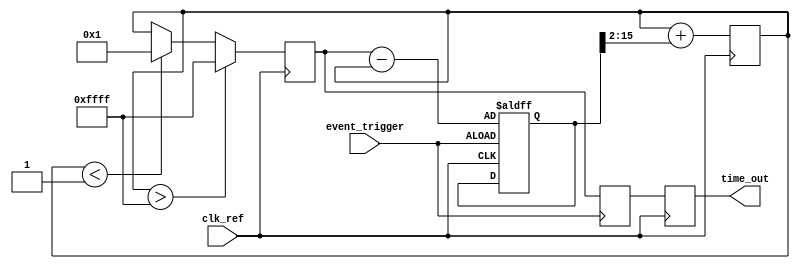
module TDC (
    input wire clk_ref,        // Reference clock
    input wire event_trigger,  // Event trigger signal
    output reg [15:0] time_out // 16-bit digital output for time measurement
);

    // PLL components
    reg [15:0] phase_error;    // Phase error signal
    reg [15:0] control_voltage; // Control voltage for VCO
    reg [15:0] vco_output;      // VCO output frequency signal
    reg [15:0] sample;          // Sampled value at event trigger

    // VCO parameters
    parameter VCO_MAX_FREQ = 16'hFFFF; // Max frequency for VCO
    parameter VCO_MIN_FREQ = 16'h0001;  // Min frequency for VCO

    // Phase Detector (PD)
    always @(posedge clk_ref or posedge event_trigger) begin
        if (event_trigger) begin
            // Capture phase error at event trigger
            phase_error <= vco_output - control_voltage; // Simple phase error calculation
        end
    end

    // Loop Filter (LF)
    always @(posedge clk_ref) begin
        // A simple low-pass filter to smooth the phase error
        control_voltage <= control_voltage + (phase_error >> 2); // Simple LPF
    end

    // Voltage Controlled Oscillator (VCO)
    always @(posedge clk_ref) begin
        // Adjust VCO output based on control voltage
        if (control_voltage > VCO_MAX_FREQ)
            vco_output <= VCO_MAX_FREQ;
        else if (control_voltage < VCO_MIN_FREQ)
            vco_output <= VCO_MIN_FREQ;
        else
            vco_output <= control_voltage;
    end

    // Sampling Mechanism
    always @(posedge event_trigger) begin
        // Sample the VCO output at the moment of event trigger
        sample <= vco_output;
    end

    // Digital Output Generation
    always @(posedge clk_ref) begin
        // Output the sampled value
        time_out <= sample;
    end

endmodule